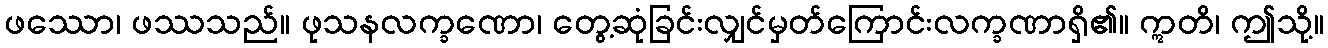
ဖဿော၊ ဖဿသည်။ ဖုသနလက္ခဏော၊ တွေ့ဆုံခြင်းလျှင်မှတ်ကြောင်းလက္ခဏာရှိ၏။ ဣတိ၊ ဤသို့။